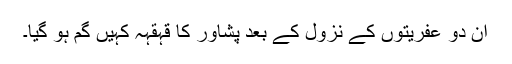
ان دو عفریتوں کے نزول کے بعد پشاور کا قہقہہ کہیں گم ہو گیا۔